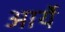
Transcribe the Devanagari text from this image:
आर्ये